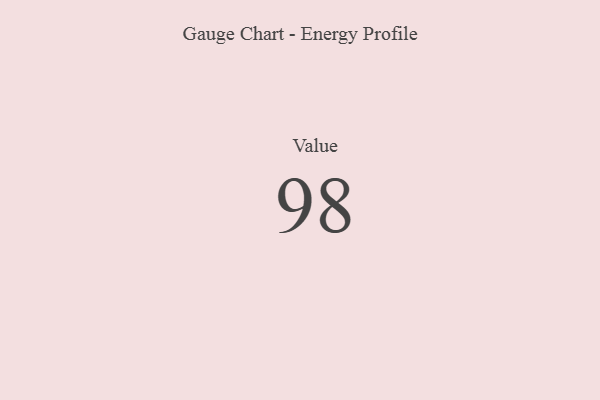
{"axis": {"x": "Metric", "y": "Value"}, "legend": [""], "data": [{"x": "Value", "y": 98, "type": ""}]}